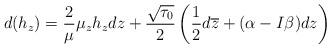
LaTeX: \begin{align*}d(h_z)=\frac{2}{\mu}\mu_zh_zdz+\frac{\sqrt{\tau_0}}{2}\left(\frac{1}{2}d\overline{z}+(\alpha-I\beta)dz\right)\end{align*}